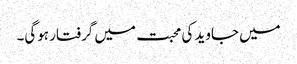
میں جاوید کی محبت میں گرفتار ہوگی۔